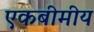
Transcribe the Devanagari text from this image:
एकबीमीय